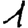
Digit: 1